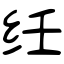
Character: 纴